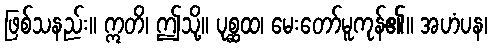
ဖြစ်သနည်း။ ဣတိ၊ ဤသို့။ ပုစ္ဆထ၊ မေးတော်မူကုန်၏။ အဟံပန၊